Civil Veterinary Dept. Bombay admin report 1923-31 - 1923-1931
Year: 1923
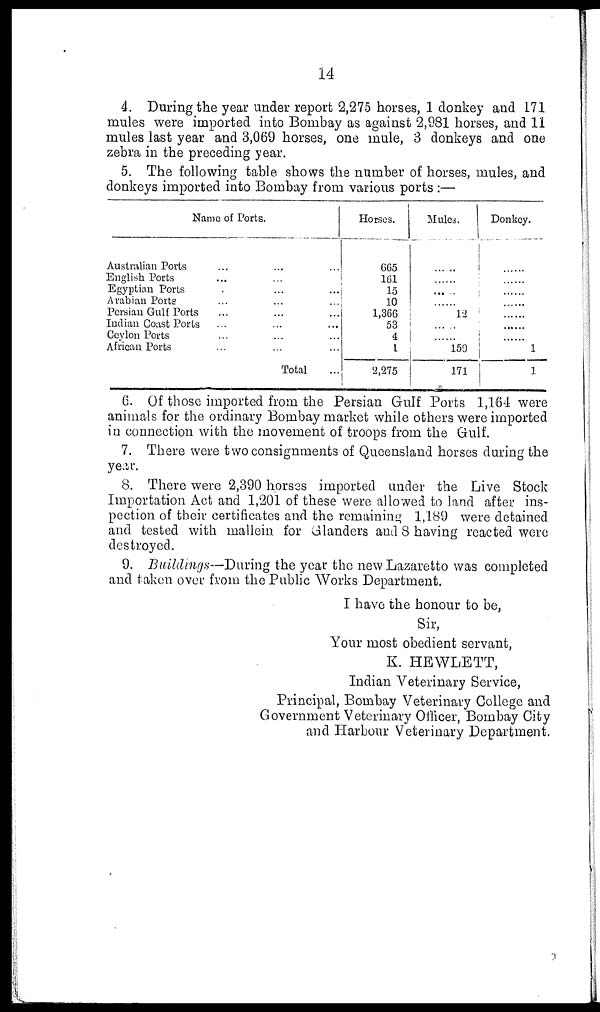
14
4. During the year under report 2,275 horses, 1 donkey and 171
mules were imported into Bombay as against 2,981 horses, and 11
mules last year and 3,069 horses, one mule, 3 donkeys and one
zebra in the preceding year.
5. The following table shows the number of horses, mules, and
donkeys imported into Bombay from various ports :—
Name of Ports.
Australian Ports ... ... ...
English Ports ... ... ...
Egyptian Ports ... ... ...
Arabian Ports ... ... ...
Persian Gulf Ports ... ... ...
Indian Coast Ports ... ... ...
Ceylon Ports ... ... ...
African Ports ... ... ...
Total
Horses.
665
161
15
10
1,366
53
4
1
2,275
Mules.
......
......
... ..
......
12
......
......
159
171
Donkey.
......
......
......
......
......
......
......
1
1
6. Of those imported from the Persian Gulf Ports 1,164 were
animals for the ordinary Bombay market while others were imported
in connection with the movement of troops from the Gulf.
7. There were two consignments of Queensland horses during the
year.
8. There were 2,390 horses imported under the Live Stock
Importation Act and 1,201 of these were allowed to land after ins-
pection of their certificates and the remaining 1,189 were detained
and tested with mallein for Glanders and 8 having reacted were
destroyed.
9. Buildings—During the year the new Lazaretto was completed
and taken over from the Public Works Department.
I have the honour to be,
Sir,
Your most obedient servant,
K. HEWLETT,
Indian Veterinary Service,
Principal, Bombay Veterinary College and
Government Veterinary Officer, Bombay City
and Harbour Veterinary Department.